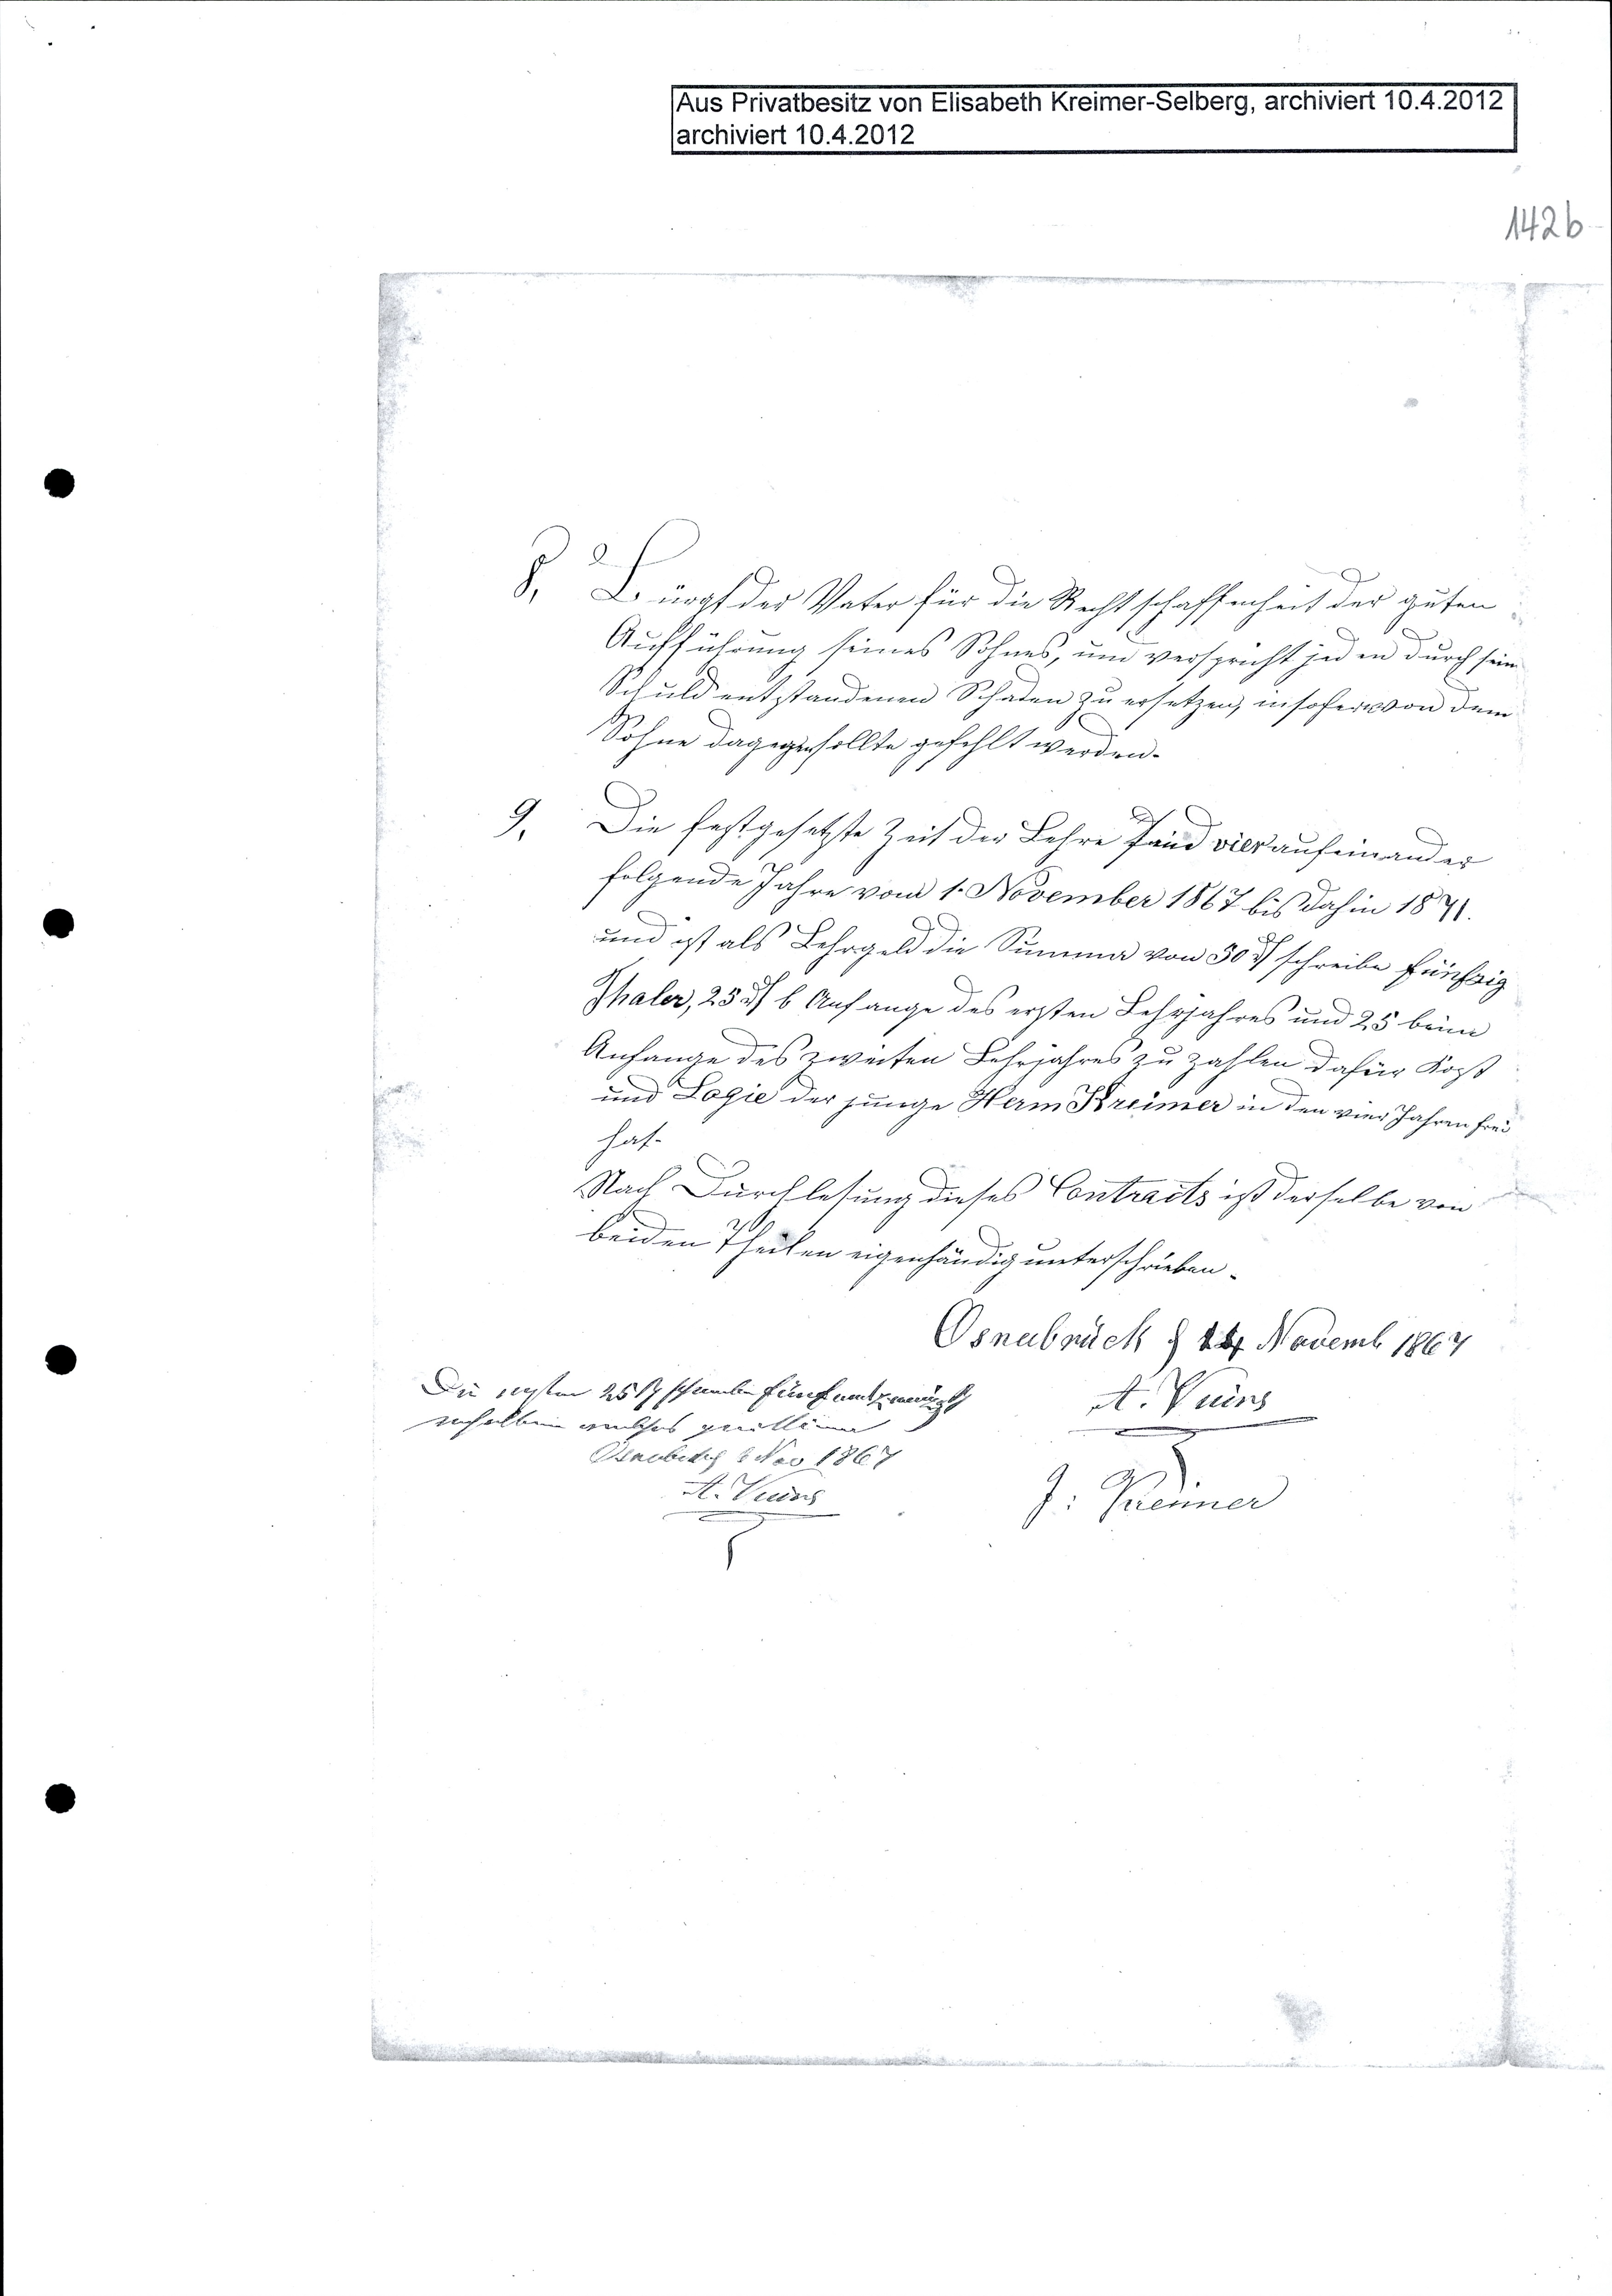
8, Bürgt der Vater für die Rechtschaffenheit der guten
Aufführung seines Sohnes, und verspricht jeden durch seine
Schuld entstandenen Schaden zu ersetzen, insofern von dem
Sohne dagegen sollte gefehlt werden.
9, Die festgesetzte Zeit der Lehre sind vier aufeinander
folgende Jahre vom 1. November 1867 bis dahin 1871
und ist als Lehrgeld die Summa von 50 T schreibe fünfzig
Thaler, 25 df b Anfange des ersten Lehrjahres und 25 beim
Anfange des zweiten Lehrjahres zu zahlen dafür Kost
und Logie der junge Herm Kreimer in den vier Jahren frei
hat.
Nach Durchlesung dieses Contracts ist der selbe von
beiden Theilen eigenhändig unterschrieben.
Osnabrück d 14 Novemb 1867
A. Tuirs
J. Kreimer
Die ersten 25 T schreibe fünfundzwanzig
erhalten welches quittiert
Osnabrück 6 Nov 1867
A. Tuirs